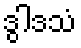
ဒွါဒသံ